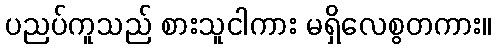
ပညပ်ကူသည် စားသူငါကား မရှိလေစွတကား။